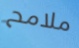
ملامح